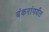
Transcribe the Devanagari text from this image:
बंकरांपर्यंत